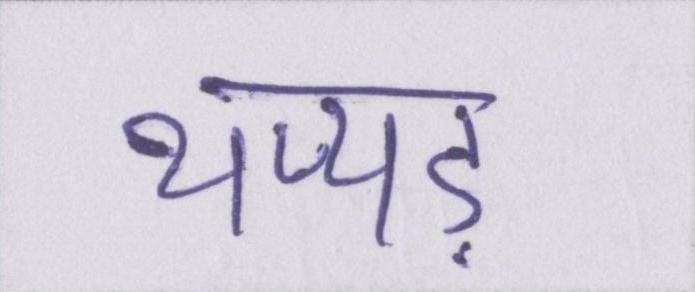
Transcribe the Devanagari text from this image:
थप्पड़